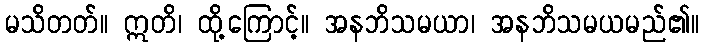
မသိတတ်။ ဣတိ၊ ထို့ကြောင့်။ အနဘိသမယာ၊ အနဘိသမယမည်၏။